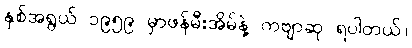
နှစ်အရွယ် ၁၉၅၉ မှာဖန်မီးအိမ်နဲ့ ကဗျာဆု ရပါတယ်။